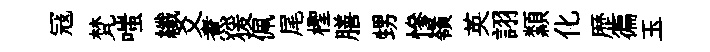
冦梵嗤纖爻煮猨佩尾檉膳甥慘嶺英詡纇化歴徧玉